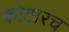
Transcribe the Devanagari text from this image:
कोठारच